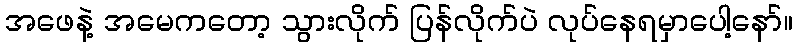
အဖေနဲ့ အမေကတော့ သွားလိုက် ပြန်လိုက်ပဲ လုပ်နေရမှာပေါ့နော်။